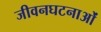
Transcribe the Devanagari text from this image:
जीवनघटनाओं